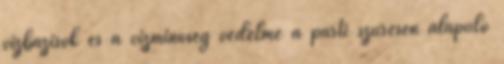
vízbázisok és a vízminőség védelme a parti szűrésen alapuló